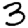
Digit: 3